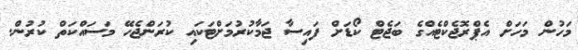
މަހުން މަހަށް އެޕްރޮޖެކްޓެއްގެ ބަޖެޓް ކޯޑަށް ފައިސާ ޖަމާކުރުމަށްޓަކައި ކުރަންޖެހޭ މަސައްކަތް ކުރުން.